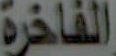
الفاخرة